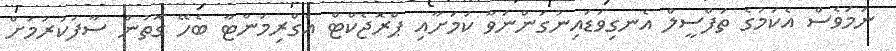
ނަމަވެސް އެކަމުގެ ތަފްސީލް އެނގިވަޑައިނުގަންނަވާ ކަމަށާއި ޕްރޮޖެކްޓް އެގްރިމަންޓާ ބެހޭ ގޮތުން ސާފުކުރުމަށް